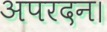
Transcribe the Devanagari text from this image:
अपरदन।